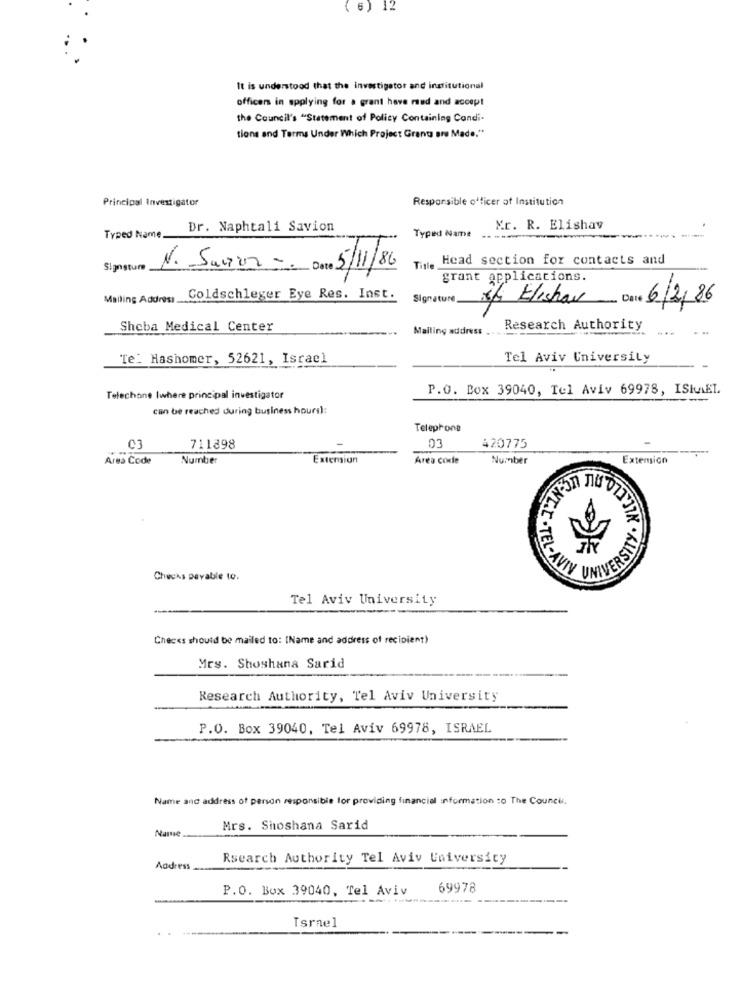
( 6) 12
It is understood that the investigator and institutional
officers in applying for a grant have red and accept
the Council's "Statement of Policy Containing Condi-
tions and Terms Under Which Project Grant are Made."
Principal Investigator
Responsible officer of Institution
Dr. Naphtali Savion
Typed Name
Mr. R. Elishav
Typed Name.
T Head section for contacts and
Signature
N. Sunur - Date 5/11/86
grant applications.
Mailing Address.
Coldschleger Eye Res. Inst.
Signature
5/ Elishav
6/2/86
Sheba Medical Center
Mailing address
Research Authority
- -
Te_ Hashomer, 52621, Israel
Tel Aviv University
P.O. Box 39040, Tel Aviv 69978, ISKAEL.
Telechone Iwhere principal investigator
can be reached during business hours):
Telephone
03
711898
03
420775
Area Code
Number
Extension
Area code
Number
Extension
VERSITY . WLLLL
HONT.T.
İ-TEL-AVI
Chucks Devable 10.
Tel Aviv University
Checks should be mailed to: [Name and address of recipient)
Mrs. Shoshana Sarid
Research Authority, Tel Aviv University
P.O. Box 39040, Tel Aviv 69978, ISRAEL
Name and address of person responsible for providing financial information to The Council.
Name
Mrs. Shoshana Sarid
Rsearch Authority Tel Aviv University
Address
P.O. Box 39040, Tel Aviv
69978
Israel